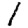
Digit: 1